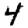
Digit: 4